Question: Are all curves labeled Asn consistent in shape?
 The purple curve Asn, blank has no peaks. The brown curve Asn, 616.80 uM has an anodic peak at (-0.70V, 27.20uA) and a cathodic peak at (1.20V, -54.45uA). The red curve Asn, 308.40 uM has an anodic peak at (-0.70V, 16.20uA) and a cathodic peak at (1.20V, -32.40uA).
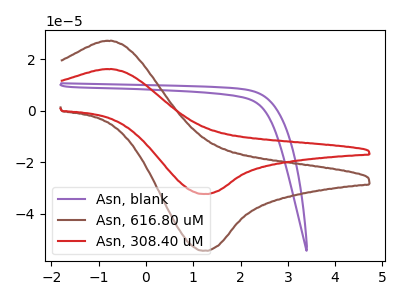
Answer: <think>"Asn, blank" and "Asn, 616.80 uM" have a different number of peaks. "Asn, blank" and "Asn, 308.40 uM" have a different number of peaks. All the peaks in "Asn, 616.80 uM" have a peak in "Asn, 308.40 uM" at the same potential. Every peak in "Asn, 616.80 uM" is higher than every peak in "Asn, 308.40 uM".
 </think>
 <answer>All the CV's of "Asn" have similar shape.</answer>
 <eval>follow_rule</eval>